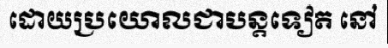
ដោយប្រយោលជាបន្តទៀត នៅ